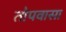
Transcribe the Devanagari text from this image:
तोपवासा